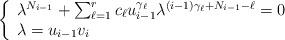
LaTeX: \begin{align*}\left\{\begin{array}{l}\lambda^{N_{i-1}}+\sum_{\ell=1}^{r} c_\ell u_{i-1}^{\gamma_\ell}\lambda^{(i-1)\gamma_\ell+N_{i-1}-\ell}=0 \\\lambda=u_{i-1}v_{i}\end{array}\right.\end{align*}